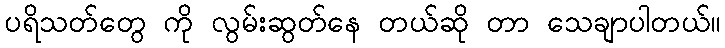
ပရိသတ်တွေ ကို လွမ်းဆွတ်နေ တယ်ဆို တာ သေချာပါတယ်။